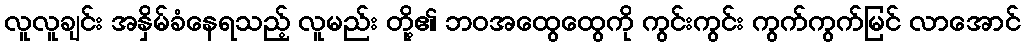
လူလူချင်း အနှိမ်ခံနေရသည့် လူမည်း တို့၏ ဘဝအထွေထွေကို ကွင်းကွင်း ကွက်ကွက်မြင် လာအောင်